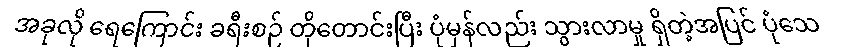
အခုလို ရေကြောင်း ခရီးစဉ် တိုတောင်းပြီး ပုံမှန်လည်း သွားလာမှု ရှိတဲ့အပြင် ပုံသေ